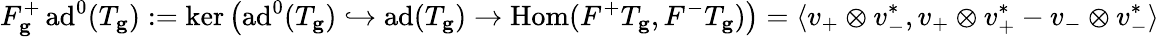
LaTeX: F_{\mathbf{g}}^{+}\, \mathrm{ad}^{0}(T_{\mathbf{g}}):=\ker\left(\mathrm{ad}^{0}(T_{\mathbf{g}})\hookrightarrow\mathrm{ad}(T_{\mathbf{g}})\to\mathrm{Hom}(F^{+}T_{\mathbf{g}},F^{-}T_{\mathbf{g}})\right)=\langle v_{+}\otimes v_{-}^{*},v_{+}\otimes v_{+}^{*}-v_{-}\otimes v_{-}^{*}\rangle